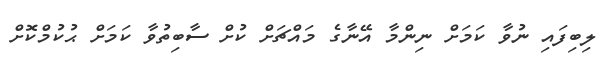
ލިބިފައި ނުވާ ކަމަށް ނިންމާ އޭނާގެ މައްޗަށް ކުށް ސާބިތުވާ ކަމަށް ޙުކުމްކޮށް